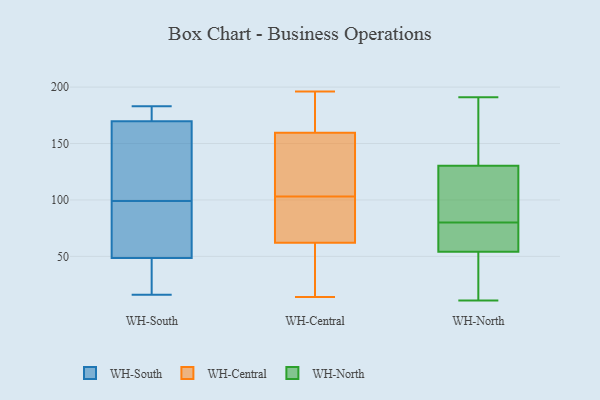
{"axis": {"x": "Active Users", "y": "Value"}, "legend": ["WH-Central", "WH-North", "WH-South"], "data": [{"x": "", "y": 99, "type": "WH-South"}, {"x": "", "y": 36, "type": "WH-South"}, {"x": "", "y": 172, "type": "WH-South"}, {"x": "", "y": 118, "type": "WH-South"}, {"x": "", "y": 183, "type": "WH-South"}, {"x": "", "y": 95, "type": "WH-South"}, {"x": "", "y": 181, "type": "WH-South"}, {"x": "", "y": 163, "type": "WH-South"}, {"x": "", "y": 86, "type": "WH-South"}, {"x": "", "y": 16, "type": "WH-South"}, {"x": "", "y": 31, "type": "WH-South"}, {"x": "", "y": 91, "type": "WH-Central"}, {"x": "", "y": 18, "type": "WH-Central"}, {"x": "", "y": 93, "type": "WH-Central"}, {"x": "", "y": 188, "type": "WH-Central"}, {"x": "", "y": 81, "type": "WH-Central"}, {"x": "", "y": 163, "type": "WH-Central"}, {"x": "", "y": 196, "type": "WH-Central"}, {"x": "", "y": 17, "type": "WH-Central"}, {"x": "", "y": 14, "type": "WH-Central"}, {"x": "", "y": 103, "type": "WH-Central"}, {"x": "", "y": 62, "type": "WH-Central"}, {"x": "", "y": 122, "type": "WH-Central"}, {"x": "", "y": 145, "type": "WH-Central"}, {"x": "", "y": 32, "type": "WH-Central"}, {"x": "", "y": 179, "type": "WH-Central"}, {"x": "", "y": 62, "type": "WH-Central"}, {"x": "", "y": 177, "type": "WH-Central"}, {"x": "", "y": 149, "type": "WH-Central"}, {"x": "", "y": 120, "type": "WH-Central"}, {"x": "", "y": 125, "type": "WH-North"}, {"x": "", "y": 157, "type": "WH-North"}, {"x": "", "y": 39, "type": "WH-North"}, {"x": "", "y": 59, "type": "WH-North"}, {"x": "", "y": 146, "type": "WH-North"}, {"x": "", "y": 107, "type": "WH-North"}, {"x": "", "y": 90, "type": "WH-North"}, {"x": "", "y": 181, "type": "WH-North"}, {"x": "", "y": 75, "type": "WH-North"}, {"x": "", "y": 191, "type": "WH-North"}, {"x": "", "y": 11, "type": "WH-North"}, {"x": "", "y": 70, "type": "WH-North"}, {"x": "", "y": 13, "type": "WH-North"}, {"x": "", "y": 123, "type": "WH-North"}, {"x": "", "y": 23, "type": "WH-North"}, {"x": "", "y": 80, "type": "WH-North"}, {"x": "", "y": 79, "type": "WH-North"}]}